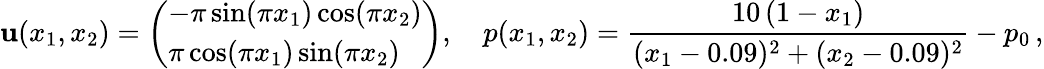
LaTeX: \mathbf{u}(x_{1},x_{2})=\left(\begin{array}{l}{-\pi\sin(\pi x_{1})\cos(\pi x_{2})}\\ {\pi\cos(\pi x_{1})\sin(\pi x_{2})}\end{array}\right),\quad p(x_{1},x_{2})=\frac{10\, (1-x_{1})}{(x_{1}-0.09)^{2}+(x_{2}-0.09)^{2}}-p_{0}\, ,